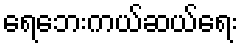
ရေဘေးကယ်ဆယ်ရေး